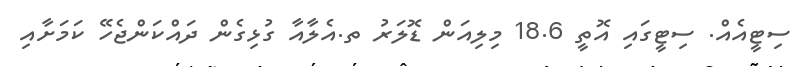
ސިޓީއެއް. ސިޓީގައި އޮތީ 18.6 މިލިއަން ޑޮލަރު ތ.އެލާއާ ގުޅިގެން ދައްކަންޖެހޭ ކަމަށާއި